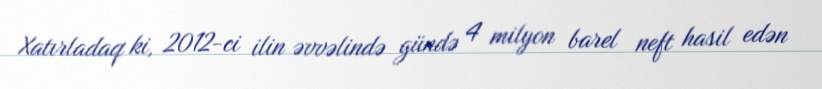
Xatırladaq ki, 2012-ci ilin əvvəlində gündə 4 milyon barel neft hasil edən